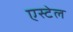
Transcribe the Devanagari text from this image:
एस्टेल